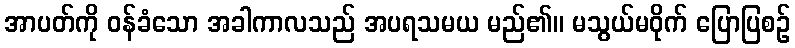
အာပတ်ကို ဝန်ခံသော အခါကာလသည် အပရသမယ မည်၏။ မသွယ်မဝိုက် ပြောပြစဉ်